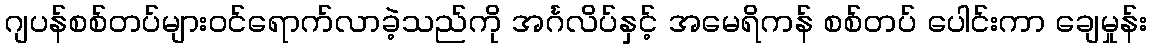
ဂျပန်စစ်တပ်များဝင်ရောက်လာခဲ့သည်ကို အင်္ဂလိပ်နှင့် အမေရိကန် စစ်တပ် ပေါင်းကာ ချေမှုန်း